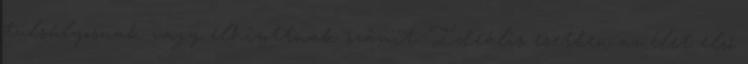
túlsúlyosnak vagy elhízottnak számít. Ideális esetben az élet első